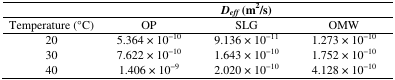
<table><thead><tr><td></td><td colspan="3"><b><i>D</i><i><sub>eff</sub></i> (m<sup>2</sup>/s)</b></td></tr><tr><td><b>Temperature (°C)</b></td><td><b>OP</b></td><td><b>SLG</b></td><td><b>OMW</b></td></tr></thead><tbody><tr><td>20</td><td>5.364 × 10<sup>−10</sup></td><td>9.136 × 10<sup>−11</sup></td><td>1.273 × 10<sup>−10</sup></td></tr><tr><td>30</td><td>7.622 × 10<sup>−10</sup></td><td>1.643 × 10<sup>−10</sup></td><td>1.752 × 10<sup>−10</sup></td></tr><tr><td>40</td><td>1.406 × 10<sup>−9</sup></td><td>2.020 × 10<sup>−10</sup></td><td>4.128 × 10<sup>−10</sup></td></tr></tbody></table>